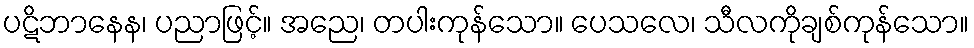
ပဋိဘာနေန၊ ပညာဖြင့်။ အညေ၊ တပါးကုန်သော။ ပေသလေ၊ သီလကိုချစ်ကုန်သော။